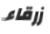
زرقاء